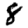
Digit: 8